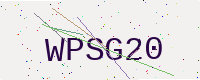
Text: WPSG20